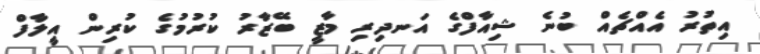
އިތުރު އެއްޗެއް ބުނެ ޝިއާފްގެ އަނދިރި މާޒީ ބޭޒާރު ކުރުމުގެ ކުރިން އީލާފް